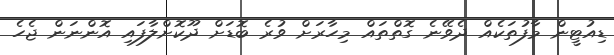
ޑިއުޓީން މާފުތަކެއް ދެވޭނެ ގޮތްތައް މިހާރަށް ވުރެ ބޮޑަށް ދޫކޮށްލާފައި އޮންނަން ޖެހެ